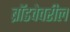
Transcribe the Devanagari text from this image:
ब्रॉडवेवरील